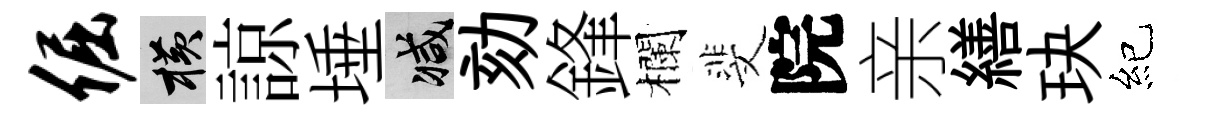
倔横諒埵减劾鋒欄斐院亲繕玦紀